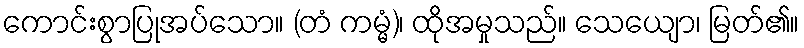
ကောင်းစွာပြုအပ်သော။ (တံ ကမ္မံ)၊ ထိုအမှုသည်။ သေယျော၊ မြတ်၏။